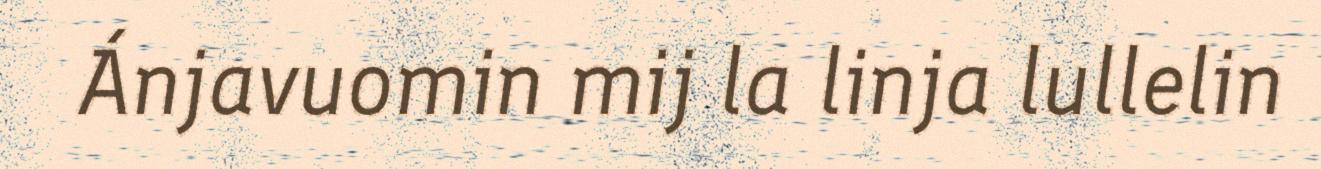
Ánjavuomin mij la linja lullelin